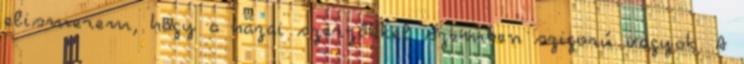
elismerem, hogy a hazai szerzőkkel szemben szigorú vagyok. A